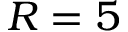
R = 5